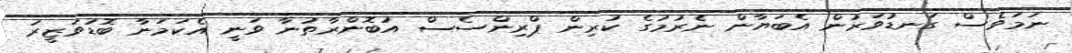
ނަމަވެސް ގަނޑުވަރުން އެބަޔާން ނެރުމުގެ ކުރިން ޕްރިންސެސް އުބޮންރާތުނާ ވަނީ އެކަމަނާ ބޮޑުވަޒީރު